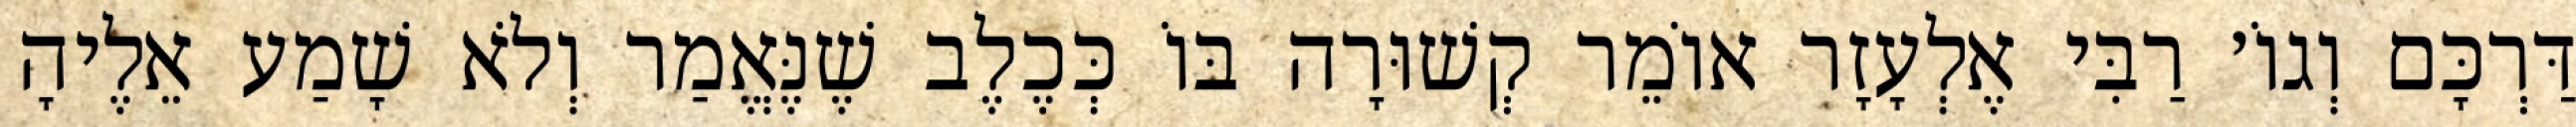
דַּרְכָּם וְגוֹ׳ רַבִּי אֶלְעָזָר אוֹמֵר קְשׁוּרָה בּוֹ כְּכֶלֶב שֶׁנֶּאֱמַר וְלֹא שָׁמַע אֵלֶיהָ